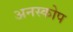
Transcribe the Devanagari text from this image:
अनस्कोप